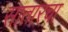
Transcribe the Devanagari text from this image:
सातारचा